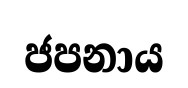
ජපනාය